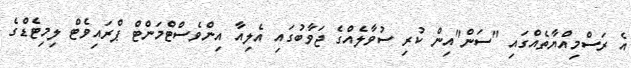
އެ ރަސްމިއްޔާތެއްގައި "ސަން"އިން ކުރި ސުވާލެއްގެ ޖަވާބުގައި އެލިއާ އިންވެސްޓްމަންޓް ޕްރައިވެޓް ލިމިޓެޑްގެ